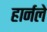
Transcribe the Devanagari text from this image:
हार्नले